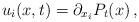
LaTeX: \begin{align*}u_i(x,t)=\partial_{x_i} P_t(x)\,,\end{align*}